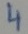
Text: 4